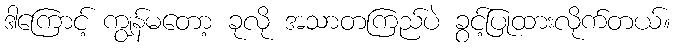
ဒါကြောင့် ကျွန်မတော့ ခုလို အသာတကြည်ပဲ ခွင့်ပြုထားလိုက်တယ်။